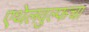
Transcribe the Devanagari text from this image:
एथेलवुल्फचा